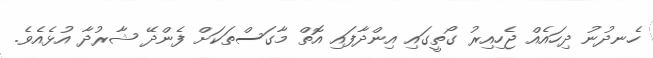
ހެނދުނު ދިހައެއް ޖެހިއިރު ގޯތީގައި އިންދާފައި އޮތް މާގަސްތަކަށް ފެންދޭ ޝާރުދާ އުޅެއެވެ.